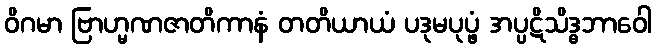
ဝိဂမာ ဗြာဟ္မဏဇာတိကာနံ တတိယာယံ ပဒုမပုပ္ဖံ အပ္ပဋိသိဒ္ဓဘာဝေါ